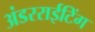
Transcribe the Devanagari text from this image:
अंडरराईटिंग